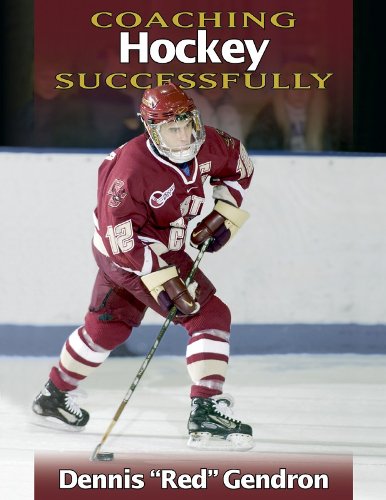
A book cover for Coaching Hockey Successfully; Dennis Gendron; Sports & Outdoors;